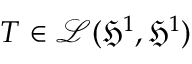
T \in \mathcal { L } ( \mathfrak { H } ^ { 1 } , \mathfrak { H } ^ { 1 } )